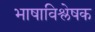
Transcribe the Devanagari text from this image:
भाषाविश्लेषक